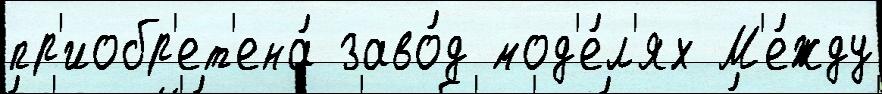
пр'иобр'ет'ена́ заво́д мод'е́л'ях М'е́жду